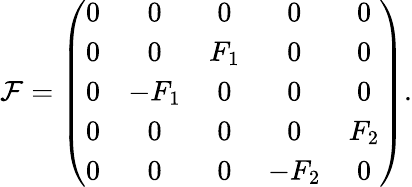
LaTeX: {\cal F}=\left(\begin{array}{ccccc}{{0}}&{{0}}&{{0}}&{{0}}&{{0}}\\ {{0}}&{{0}}&{{F_{1}}}&{{0}}&{{0}}\\ {{0}}&{{-F_{1}}}&{{0}}&{{0}}&{{0}}\\ {{0}}&{{0}}&{{0}}&{{0}}&{{F_{2}}}\\ {{0}}&{{0}}&{{0}}&{{-F_{2}}}&{{0}}\end{array}\right).